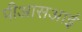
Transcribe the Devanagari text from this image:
पीआसआई